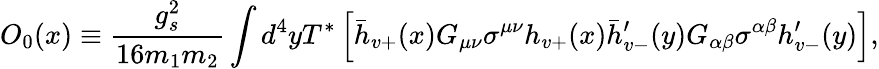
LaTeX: O_{0}(x)\equiv\displaystyle\frac{g_{s}^{2}}{16m_{1}m_{2}}\int d^{4}yT^{*}\left[\bar{h}_{v+}(x){G_{\mu\nu}\sigma^{\mu\nu}}h_{v+}(x)\bar{h}_{v-}^{\prime}(y){G_{\alpha\beta}\sigma^{\alpha\beta}}h_{v-}^{\prime}(y)\right],